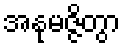
အနုမဇ္ဇိတွာ